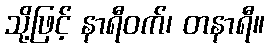
သို့ဖြင့် နာရီဝက်၊ တနာရီ။